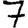
Digit: 7